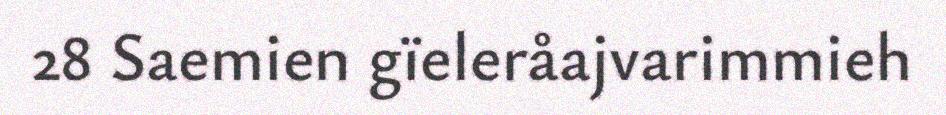
28 Saemien gïeleråajvarimmieh